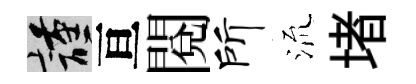
謹亘閲所𣴑堵